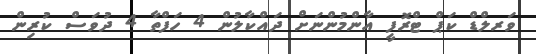
ވަރލްޑް ކަޕް ޓްރޮފީ އާންމުންނަށް ދައްކާލުން 4 ހަފްތާ 4 ދުވަސް ކުރިން